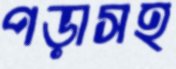
পড়াসহ